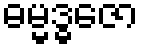
ဓမ္မဒ္ဓဇော